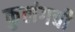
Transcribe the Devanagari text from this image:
कुलंगची